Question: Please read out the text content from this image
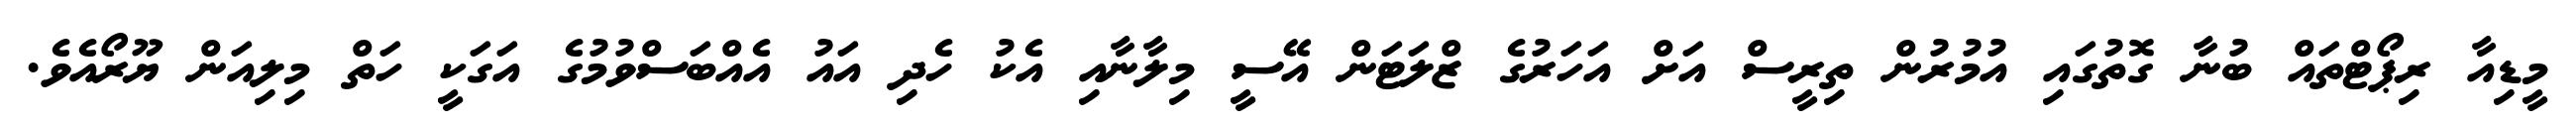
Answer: މީޑިއާ ރިޕޯޓްތައް ބުނާ ގޮތުގައި އުމުރުން ތިރީސް އަށް އަހަރުގެ ޒްލަޓަން އޭސީ މިލާނާއި އެކު ހެދި އައު އެއްބަސްވުމުގެ އަގަކީ ހަތް މިލިއަން ޔޫރޯއެވެ.